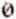
0